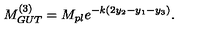
M _ { G U T } ^ { ( 3 ) } = M _ { p l } e ^ { - k ( 2 y _ { 2 } - y _ { 1 } - y _ { 3 } ) } . \,